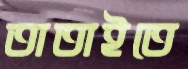
তাতাইতে